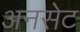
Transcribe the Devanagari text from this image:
अनसेट